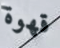
قهوة